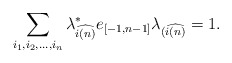
\begin{align*} \sum_{i_1,i_2,...,i_n}{\lambda}^*_{\widehat{i(n)}}e_{[-1, n-1]} {\lambda_{(\widehat{i(n)}}} = 1.\end{align*}